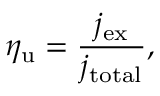
\eta _ { \mathrm { u } } = \frac { j _ { \mathrm { e x } } } { j _ { \mathrm { t o t a l } } } ,